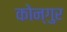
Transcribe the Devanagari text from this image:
कोन्गुर